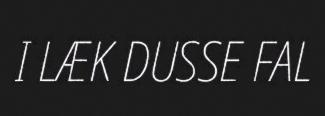
I LÆK DUSSE FAL